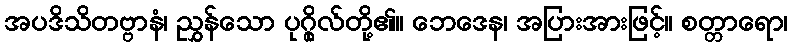
အပဒိသိတဗ္ဗာနံ၊ ညွှန်သော ပုဂ္ဂိုလ်တို့၏။ ဘေဒေန၊ အပြားအားဖြင့်။ စတ္တာရော၊